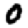
Digit: 0